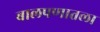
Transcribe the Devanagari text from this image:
बालपणातला